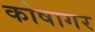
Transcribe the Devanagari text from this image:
कोषागर